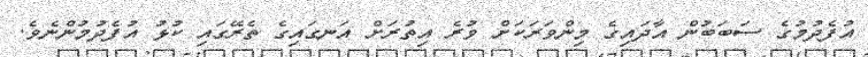
އުފެދުމުގެ ސަބަބުން އާދައިގެ މިންވަރަކަށް ވުރެ އިތުރަށް އަނގައިގެ ތެރޭގައި ކުޅު އުފެދުމުންނެވެ.